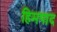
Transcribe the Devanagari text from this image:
हिमपाद